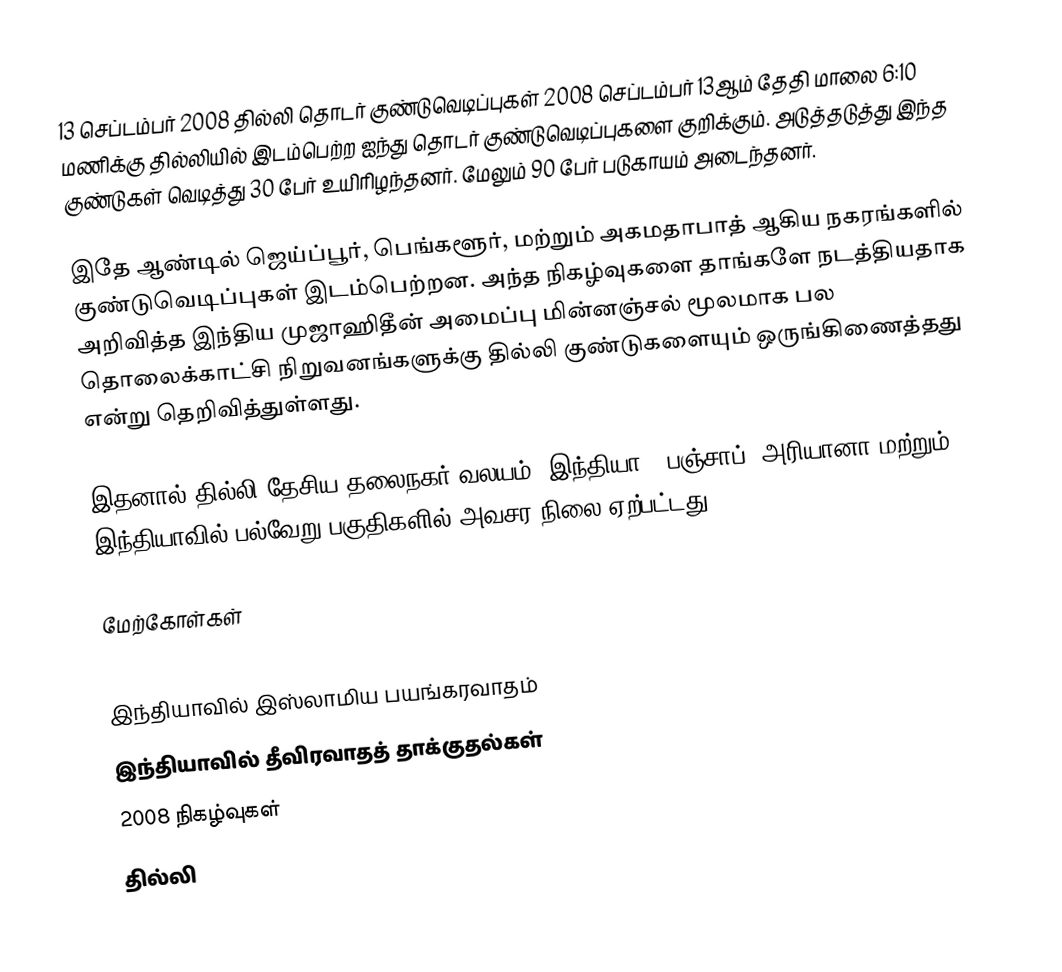
13 செப்டம்பர் 2008 தில்லி தொடர் குண்டுவெடிப்புகள் 2008 செப்டம்பர் 13ஆம் தேதி மாலை 6:10 மணிக்கு தில்லியில் இடம்பெற்ற ஐந்து தொடர் குண்டுவெடிப்புகளை குறிக்கும். அடுத்தடுத்து இந்த குண்டுகள் வெடித்து 30 பேர் உயிரிழந்தனர். மேலும் 90 பேர் படுகாயம் அடைந்தனர்.

இதே ஆண்டில் ஜெய்ப்பூர், பெங்களூர், மற்றும் அகமதாபாத் ஆகிய நகரங்களில் குண்டுவெடிப்புகள் இடம்பெற்றன. அந்த நிகழ்வுகளை தாங்களே நடத்தியதாக அறிவித்த இந்திய முஜாஹிதீன் அமைப்பு மின்னஞ்சல் மூலமாக பல தொலைக்காட்சி நிறுவனங்களுக்கு தில்லி குண்டுகளையும் ஒருங்கிணைத்தது என்று தெறிவித்துள்ளது.

இதனால் தில்லி தேசிய தலைநகர் வலயம் (இந்தியா), பஞ்சாப், அரியானா மற்றும் இந்தியாவில் பல்வேறு பகுதிகளில் அவசர நிலை ஏற்பட்டது.

மேற்கோள்கள்

இந்தியாவில் இஸ்லாமிய பயங்கரவாதம்
இந்தியாவில் தீவிரவாதத் தாக்குதல்கள்
2008 நிகழ்வுகள்
தில்லி